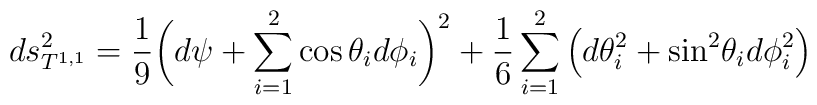
ds_{T^{1,1}}^2={1\over 9} \bigg(d\psi +\sum_{i=1}^2 \cos \theta_i d\phi_i\bigg)^2+{1\over 6} \sum_{i=1}^2 \left(d\theta_i^2 + {\rm sin}^2\theta_i d\phi_i^2 \right)\